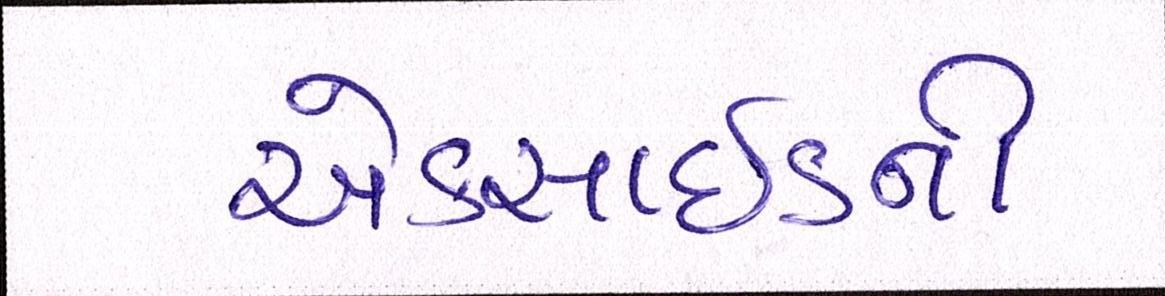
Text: એક્સાઇડની